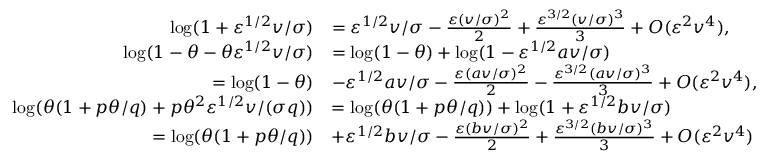
\begin{array} { r l } { \log ( 1 + \varepsilon ^ { 1 / 2 } v / \sigma ) } & { = \varepsilon ^ { 1 / 2 } v / \sigma - \frac { \varepsilon ( v / \sigma ) ^ { 2 } } { 2 } + \frac { \varepsilon ^ { 3 / 2 } ( v / \sigma ) ^ { 3 } } { 3 } + O ( \varepsilon ^ { 2 } v ^ { 4 } ) , } \\ { \log ( 1 - \theta - \theta \varepsilon ^ { 1 / 2 } v / \sigma ) } & { = \log ( 1 - \theta ) + \log ( 1 - \varepsilon ^ { 1 / 2 } a v / \sigma ) } \\ { = \log ( 1 - \theta ) } & { - \varepsilon ^ { 1 / 2 } a v / \sigma - \frac { \varepsilon ( a v / \sigma ) ^ { 2 } } { 2 } - \frac { \varepsilon ^ { 3 / 2 } ( a v / \sigma ) ^ { 3 } } { 3 } + O ( \varepsilon ^ { 2 } v ^ { 4 } ) , } \\ { \log ( \theta ( 1 + p \theta / q ) + p \theta ^ { 2 } \varepsilon ^ { 1 / 2 } v / ( \sigma q ) ) } & { = \log ( \theta ( 1 + p \theta / q ) ) + \log ( 1 + \varepsilon ^ { 1 / 2 } b v / \sigma ) } \\ { = \log ( \theta ( 1 + p \theta / q ) ) } & { + \varepsilon ^ { 1 / 2 } b v / \sigma - \frac { \varepsilon ( b v / \sigma ) ^ { 2 } } { 2 } + \frac { \varepsilon ^ { 3 / 2 } ( b v / \sigma ) ^ { 3 } } { 3 } + O ( \varepsilon ^ { 2 } v ^ { 4 } ) } \end{array}